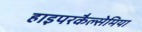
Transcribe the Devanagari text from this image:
हाइपरकैल्सेमिया